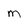
Character: M